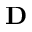
{ \bf D }